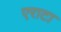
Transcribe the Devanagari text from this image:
एराटा